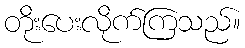
တိုးပေးလိုက်ကြသည်။